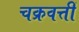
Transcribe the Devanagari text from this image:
चक्रवत्तीं